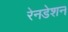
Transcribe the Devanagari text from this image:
रेनडेशन